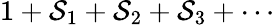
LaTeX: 1+\mathcal{S}_{1}+\mathcal{S}_{2}+\mathcal{S}_{3}+\cdots